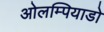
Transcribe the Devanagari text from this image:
ओलम्पियाडो